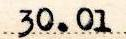
30.01